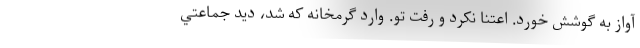
آواز به گوشش خورد. اعتنا نكرد و رفت تو. وارد گرمخانه كه شد، ديد جماعتي